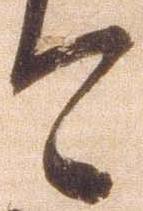
今